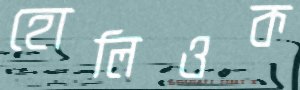
হোলিওক